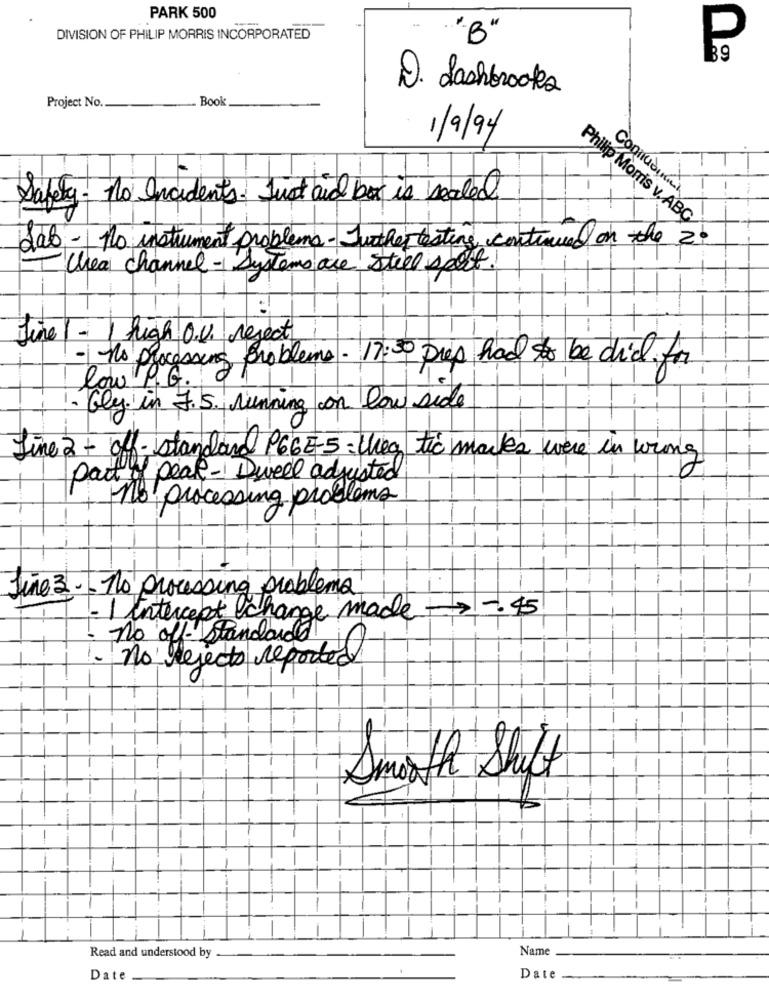
PARK 500
DIVISION OF PHILIP MORRIS INCORPORATED
B
D. dashbrooks
Book
Project No.
1/9/94
-
Safety - No Incidents. Just and box is sealed
Connudining
Philip Morris v, ABC
Sab - No instrument problema- Further testing continued on the 2.
Chea channel - Systems are still seat
Fine 1 - 1 high O.V. reject
-no processing Problems - 17:30 Dias had to be did for
-
low P.G
-
-
- Gly. in 7.5. running con low side
Line 2 + off- standard P66E-5: they tic marks were in wing
part of peal - Diveel adjusted
no processing problems
1
-
-
fine 3 -- To processing problema
- I intercept change made -. 45
no off- standard
1. No rejects reported
i
Smooth Shift
-
-
-
-
Name
Read and understood by
Date
Date